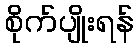
စိုက်ပျိုးရန်